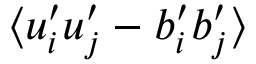
\langle u _ { i } ^ { \prime } u _ { j } ^ { \prime } - b _ { i } ^ { \prime } b _ { j } ^ { \prime } \rangle